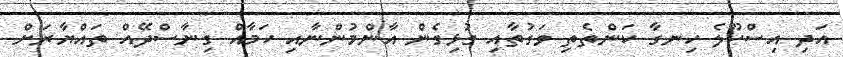
އަދި އިސްކޫލެ ހިނގާ ކަންތެތި ވަގުތާއި ގުޅިގެން އާންމުންނާއި ހަމާއް ގިނާސްދޭއް ތައްޔާރަށް